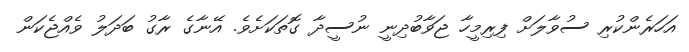
އަހަރެންކުރި ސުވާލަށް ފިރިމީހާ ޖަވާބުދިނީ ނުސީދާ ގޮތަކަށެވެ. އޭނާގެ ރާގު ބަދަލު ވެއްޖެކަން